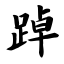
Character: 踔